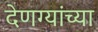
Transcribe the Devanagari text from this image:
देणग्यांच्या